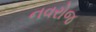
નવરોજ